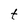
Character: t